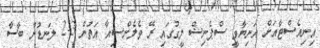
އިނިއެސްޓާއަށް އަނިޔާވީ ސްޕެނިޝް ލީގުގައި ރޭ ވެލެންސިއާ އަތުން 3-2 ލަނޑުން ބާސާ